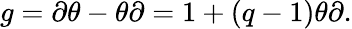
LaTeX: g=\partial\theta-\theta\partial=1+(q-1)\theta\partial.